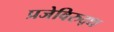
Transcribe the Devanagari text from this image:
प्रजेविरुद्ध